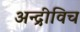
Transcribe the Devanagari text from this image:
अन्द्रीविच